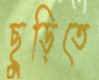
ছুড়িতে